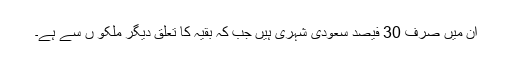
ان میں صرف 30 فیصد سعودی شہری ہیں جب کہ بقیہ کا تعلق دیگر ملکو ں سے ہے۔